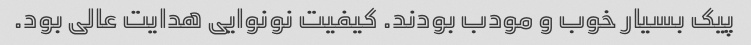
پیک بسیار خوب و مودب بودند. کیفیت نونوایی هدایت عالی بود.